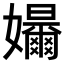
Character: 𪦳